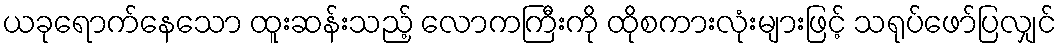
ယခုရောက်နေသော ထူးဆန်းသည့် လောကကြီးကို ထိုစကားလုံးများဖြင့် သရုပ်ဖော်ပြလျှင်